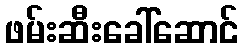
ဖမ်းဆီးခေါ်ဆောင်